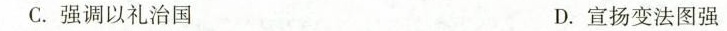
C.强调以礼治国 D.宣扬变法图强